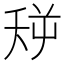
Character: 𪜏